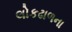
લોકઢાળના